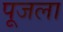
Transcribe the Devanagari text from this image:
पूजला